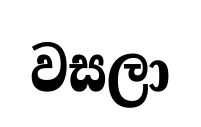
වසලා